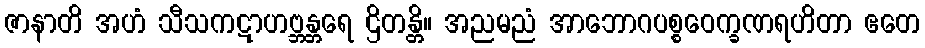
ဇာနာတိ အဟံ သီသကဋာဟဗ္ဘန္တရေ ဌိတန္တိ။ အညမညံ အာဘောဂပစ္စဝေက္ခဏရဟိတာ ဧတေ